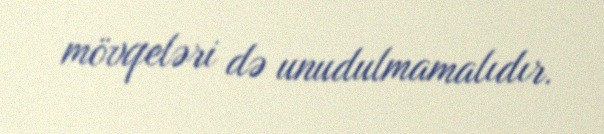
mövqeləri də unudulmamalıdır.